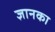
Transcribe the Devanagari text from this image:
ज्ञानका